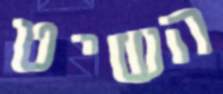
השיט